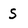
Character: s